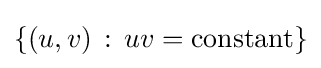
\{(u,v)\,:\,uv=\mathrm {constant} \}